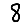
Digit: 8